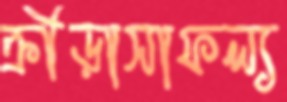
ক্রীড়াসাফল্য